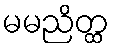
မမညိတ္ထ